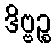
ဒိဗ္ဗဉ္စ